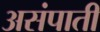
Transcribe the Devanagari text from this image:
असंपाती